Vital statistics of India. Vol. IV, Annual returns from 1871 to 1876. British Army of India, Native Army and jails of Bengal
Year: 1871
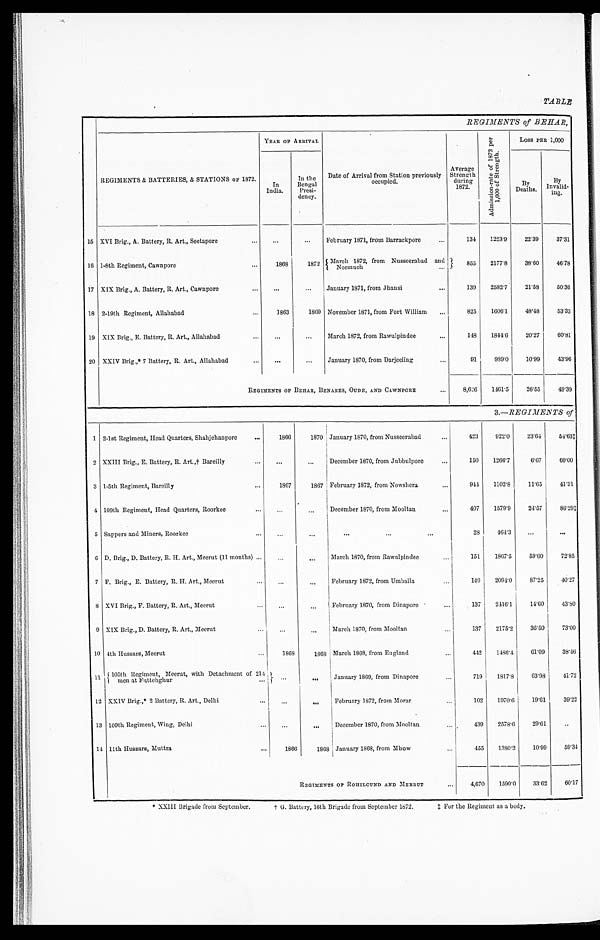
TABLE
REGIMENTS of BEHAR,
REGIMENTS & BATTERIES, & STATIONS OF 1872.
YEAR OF ARRIVAL
Date of Arrival from Station previously
o c c u p i e d .
Average
Strength during
1872.
A d m i s s i o n - r a t e o f 1 8 7 2 p e r 1 , 0 0 0 o f S t r e n g t h .
LOSS PER 1,000
In
India.
In the
Bengal
Presi-
dency.
By
Deaths.
By
Invalid- i n g .
15 XVI Brig., A. Battery, R. Art., Seetapore
... ...
... February 1871, from Barrackpore
...
134 1223.9 22.39
37.31
16 1-8th Regiment, Cawnpore
...
1868
1872
M a r c h 1 8 7 2 , f r o m N u s s e e r a b a d a n d
N e e m u c h
855
2177. 8 38.60 46.78
17 XIX Brig., A. Battery, R. Art., Cawnpore
... ...
... January 1871, from Jhansi
...
139
2582. 7 21.58
50.36
18 2-19th Regiment, Allahabad
...
1 8 6 3 1869 November 1871, from Fort William ...
825 1606.1
48.48 53.33
19 XIX Brig., E. Battery, R. Art., Allahabad
... ...
... March 1872, from Rawulpindee . . .
148 1844.6 20.27
6 0 . 8 1
20 XXIV Brig.,* 7 Battery, R. Art., Allahabad
... ...
... January 1870, from Darjeeling
...
91
989.0 10.99
43.96
REGIMENTS OP BEHAR, BENARES, OUDE, AND CAWNPORE . . . 8,626 1461.5
26.55
49.39
3.—REGIMENTS of
1 2-1st Regiment, Head Quarters, Shahjehanpore ...
1866
1870 January 1870, from Nusseerabad
...
423 922.0 23.64
5 4 . 6 3 ‡
2
XXIII Brig., E. Battery, R. Art.,† Bareilly
...
... December 1870, from Jubbulpore
...
150 1266.7
6.67
60.00
3 1-5th Regiment, Bareilly
...
1867
1867 February 187, from Nowshera
...
944 1102.8
11.65
41.31
4 109th Regiment, Head Quarters, Roorkee
...
. . .
December 1870, from Mooltan
...
407 1579.9 24.57
86.29‡
5 Sappers and Miners, Roorkee
... ...
...
...
...
...
28
464.3
. . . ...
6 D. Brig., D. Battery, R. H. Art., Meerut (11 months) ...
...
. . . March 1870, from Rawulpindee
"
151 1867.5
59.60 72. 85
7 F. Brig., E. Battery, R. H. Art., Meerut
...
... February 1872, from Umballa
...
149
2 0 9 4 . 0 87.25
40.27
8 XVI Brig., F. Battery, R. Art., Meerut
.. ...
... February 1870, from Dinapore
...
137 2416.1
14.60 43.80
9 XIX Brig., D. Battery, R. Art., Meerut
... ...
. . .
March 1870, from Mooltan
...
137 2175.2 36.50
73.00
10 4th Hussars, Meerut
...
1868
1868 March 1868, from England
...
442 1486.4
61.09
38.46
1 1 105th Regiment, Meerut, with Detachment of 214
men at Futtehghur
. . .
... January 1869, from Dinapore
...
719 1817.8 63.98
41.72
12 XXIV Bri g. , * 2 Battery, R. Art. , Del hi
...
. . .
February 1872, from Morar
.
1 0 2
1 9 7 0 . 6
1 9 3 . 6 1
3 9 . 2 2
13 109th Regiment, Wing, Delhi. ...
... December 1870, from Mooltan
... . 439 2578.6 29.61
. .
14 11th Hussars, Muttra
...
1866
1868 January 1868, from Mhow
. . .
455 1380.2 10.99
59.34
REGIMENTS OF ROHILCUND AND MEERUT
... 4,670 1590.0 33.62 60.17
* XXIII Brigade from September.
† G
. B a t t e r y , 1 6 t h B r i g a d e f r o m S e p t e m b e r1
8 7 2 .
‡ F o r t h e R e g i m e n t
a s
a b o d y .